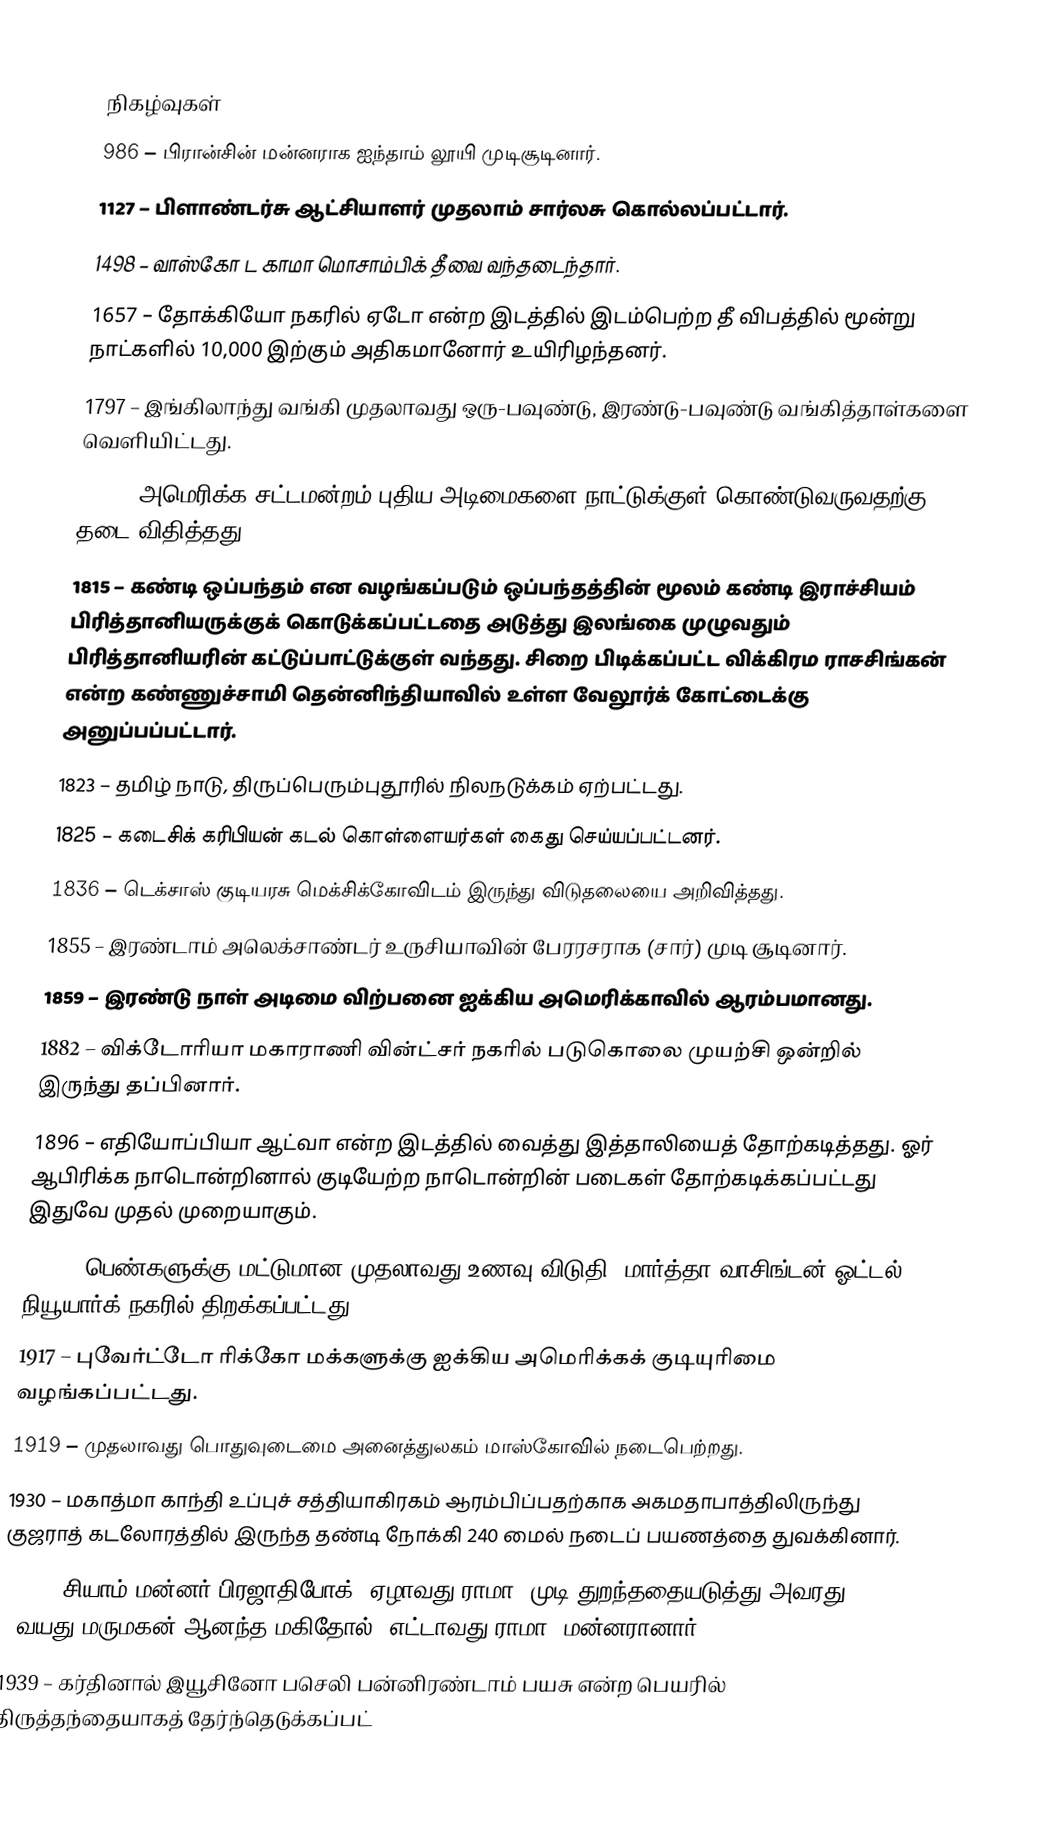

நிகழ்வுகள்
 986 – பிரான்சின் மன்னராக ஐந்தாம் லூயி முடிசூடினார்.
1127 – பிளாண்டர்சு ஆட்சியாளர் முதலாம் சார்லசு கொல்லப்பட்டார்.
1498 – வாஸ்கோ ட காமா மொசாம்பிக் தீவை வந்தடைந்தார்.
1657 – தோக்கியோ நகரில் ஏடோ என்ற இடத்தில் இடம்பெற்ற தீ விபத்தில் மூன்று நாட்களில் 10,000 இற்கும் அதிகமானோர் உயிரிழந்தனர்.
1797 – இங்கிலாந்து வங்கி முதலாவது ஒரு-பவுண்டு, இரண்டு-பவுண்டு வங்கித்தாள்களை வெளியிட்டது.
1807 – அமெரிக்க சட்டமன்றம் புதிய அடிமைகளை நாட்டுக்குள் கொண்டுவருவதற்கு தடை விதித்தது.
1815 – கண்டி ஒப்பந்தம் என வழங்கப்படும் ஒப்பந்தத்தின் மூலம் கண்டி இராச்சியம் பிரித்தானியருக்குக் கொடுக்கப்பட்டதை அடுத்து இலங்கை முழுவதும் பிரித்தானியரின் கட்டுப்பாட்டுக்குள் வந்தது. சிறை பிடிக்கப்பட்ட விக்கிரம ராசசிங்கன் என்ற கண்ணுச்சாமி தென்னிந்தியாவில் உள்ள வேலூர்க் கோட்டைக்கு அனுப்பப்பட்டார்.
1823 – தமிழ் நாடு, திருப்பெரும்புதூரில் நிலநடுக்கம் ஏற்பட்டது.
1825 – கடைசிக் கரிபியன் கடல் கொள்ளையர்கள் கைது செய்யப்பட்டனர்.
1836 – டெக்சாஸ் குடியரசு மெக்சிக்கோவிடம் இருந்து விடுதலையை அறிவித்தது.
1855 – இரண்டாம் அலெக்சாண்டர் உருசியாவின் பேரரசராக (சார்) முடி சூடினார்.
1859 – இரண்டு நாள் அடிமை விற்பனை ஐக்கிய அமெரிக்காவில் ஆரம்பமானது.
1882 – விக்டோரியா மகாராணி வின்ட்சர் நகரில் படுகொலை முயற்சி ஒன்றில் இருந்து தப்பினார்.
1896 – எதியோப்பியா ஆட்வா என்ற இடத்தில் வைத்து இத்தாலியைத் தோற்கடித்தது. ஓர் ஆபிரிக்க நாடொன்றினால் குடியேற்ற நாடொன்றின் படைகள் தோற்கடிக்கப்பட்டது இதுவே முதல் முறையாகும்.
1903 – பெண்களுக்கு மட்டுமான முதலாவது உணவு விடுதி, மார்த்தா வாசிங்டன் ஓட்டல், நியூயார்க் நகரில் திறக்கப்பட்டது.
1917 – புவேர்ட்டோ ரிக்கோ மக்களுக்கு ஐக்கிய அமெரிக்கக் குடியுரிமை வழங்கப்பட்டது.
1919 – முதலாவது பொதுவுடைமை அனைத்துலகம் மாஸ்கோவில் நடைபெற்றது.
1930 – மகாத்மா காந்தி உப்புச் சத்தியாகிரகம் ஆரம்பிப்பதற்காக அகமதாபாத்திலிருந்து குஜராத் கடலோரத்தில் இருந்த தண்டி நோக்கி 240 மைல் நடைப் பயணத்தை துவக்கினார்.
1935 – சியாம் மன்னர் பிரஜாதிபோக் (ஏழாவது ராமா) முடி துறந்ததையடுத்து அவரது 9-வயது மருமகன் ஆனந்த மகிதோல் (எட்டாவது ராமா) மன்னரானார்.
1939 – கர்தினால் இயூசினோ பசெலி பன்னிரண்டாம் பயசு என்ற பெயரில் திருத்தந்தையாகத் தேர்ந்தெடுக்கப்பட்